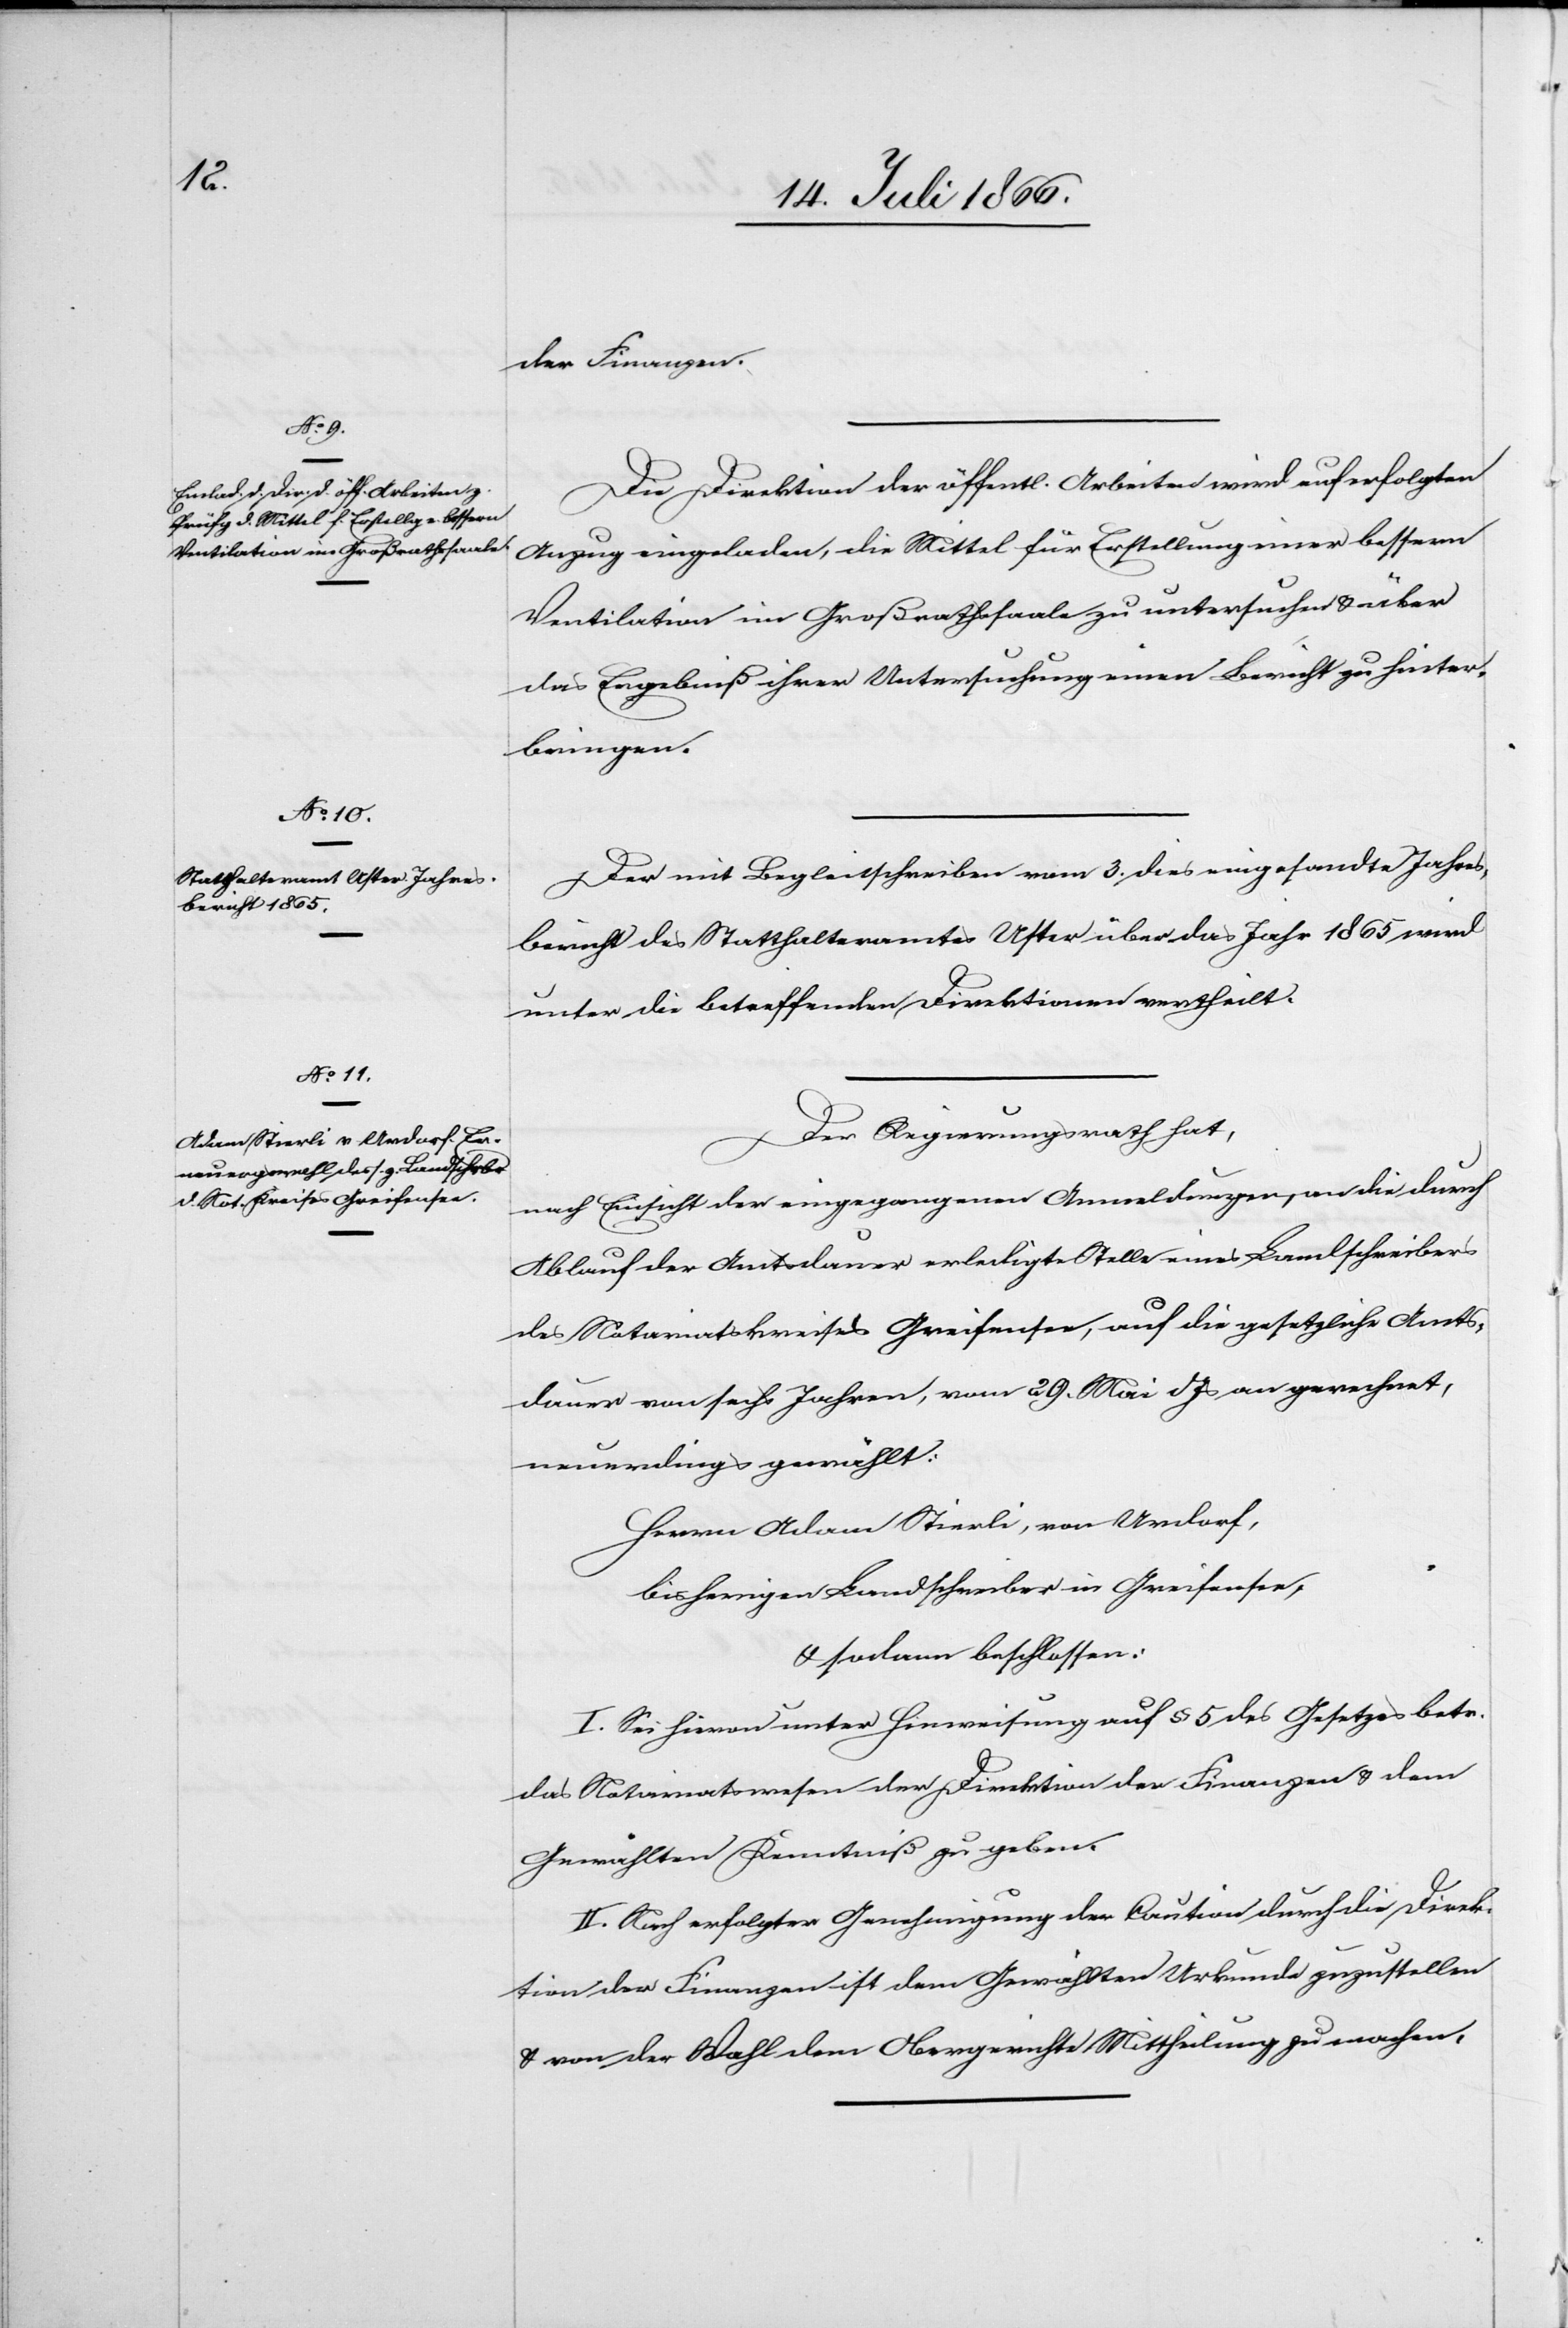
der Finanzen.
Die Direktion der öffentl. Arbeiten wird auf erfolgten
Anzug eingeladen, die Mittel für Erstellung einer bessern
Ventilation im Großrathssaale zu untersuchen u. über
das Ergebniß ihrer Untersuchung einen Bericht zu hinter¬
bringen.
Der mit Begleitschreiben vom 3. dies eingesandte Jahres¬
bericht des Statthalteramtes Uster über das Jahr 1865 wird
unter die betreffenden Direktionen vertheilt.
Der Regierungsrath hat,
nach Einsicht der eingegangenen Anmeldungen an die durch
Ablauf der Amtsdauer erledigte Stelle eines Landschreibers
des Notariatskreises Greifensee, auf die gesetzliche Amts¬
dauer von sechs Jahren, vom 29. März d Js an gerechnet,
neuerdings gewählt:
Herrn Adam Stierli, von Urdorf,
bisherigen Landschreiber in Greifensee,
u. sodann beschlossen:
I. Sei hievon unter Hinweisung auf § 5 des Gesetzes betr.
das Notariatswesen der Direktion der Finanzen u. dem
Gewählten Kenntniß zu geben.
II. Nach erfolgter Genehmigung der Caution durch die Direk¬
tion der Finanzen ist dem Gewählten Urkunde zuzustellen
u. von der Wahl dem Obergerichte Mittheilung zu machen.